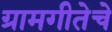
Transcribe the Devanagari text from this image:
ग्रामगीतेचे